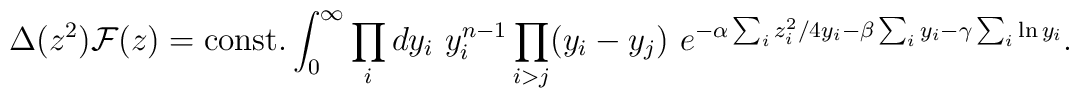
\Delta(z^2){\cal F}(z)={\rm const.}\int_0^\infty \prod_i dy_i ~y_i^{n-1}\prod_{i>j}(y_i-y_j)~e^{-\alpha\sum_iz_i^2/4y_i-\beta\sum_iy_i-\gamma\sum_i\ln y_i}.